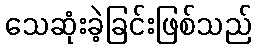
သေဆုံးခဲ့ခြင်းဖြစ်သည်